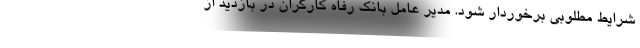
شرایط مطلوبی برخوردار شود. مدیر عامل بانک رفاه کارگران در بازدید از